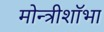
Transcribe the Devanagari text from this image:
मोन्त्रीशाॅभा